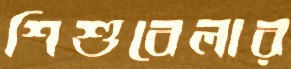
শিশুবেলার